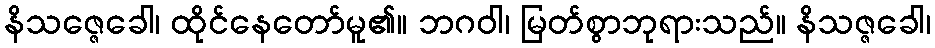
နိသဇ္ဇေခေါ၊ ထိုင်နေတော်မူ၏။ ဘဂဝါ၊ မြတ်စွာဘုရားသည်။ နိသဇ္ဇခေါ၊